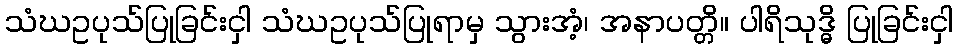
သံဃဥပုသ်ပြုခြင်းငှါ သံဃဥပုသ်ပြုရာမှ သွားအံ့၊ အနာပတ္တိ။ ပါရိသုဒ္ဓိ ပြုခြင်းငှါ